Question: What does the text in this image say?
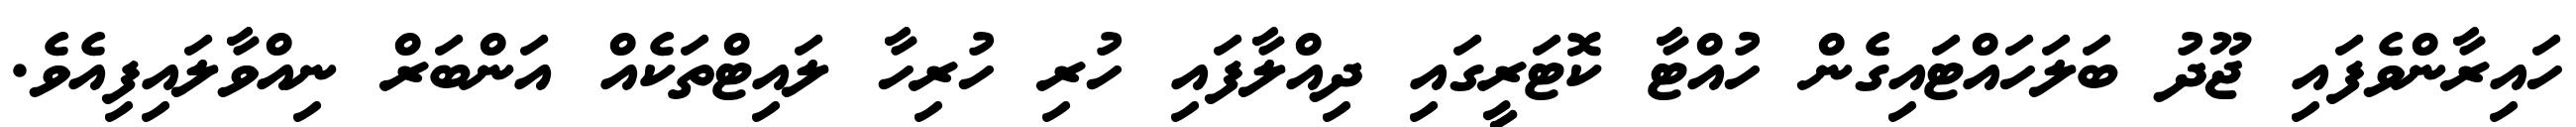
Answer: ހައިރާންވެފައި ޖޫދު ބަލަހައްޓައިގެން ހުއްޓާ ކޮޓަރީގައި ދިއްލާފައި ހުރި ހުރިހާ ލައިޓްތަކެއް އަންބަރް ނިއްވާލައިފިއެވެ.